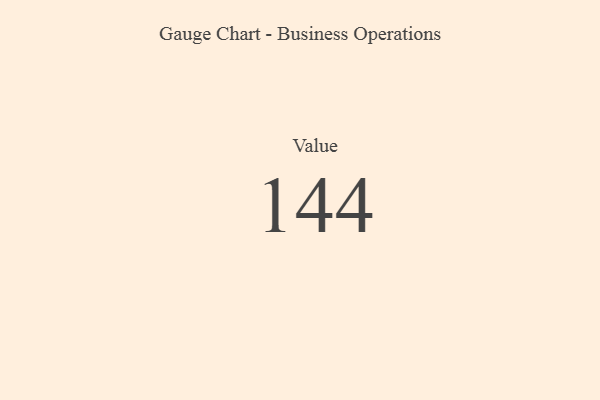
{"axis": {"x": "Metric", "y": "Value"}, "legend": [""], "data": [{"x": "Value", "y": 144, "type": ""}]}